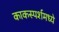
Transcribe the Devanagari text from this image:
काकस्पर्शमध्ये